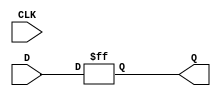
module dff2ff (CLK, D, Q);
	parameter WIDTH = 1;
	parameter CLK_POLARITY = 1;

	input CLK;
	input [WIDTH-1:0] D;
	output reg [WIDTH-1:0] Q;

	wire [1023:0] _TECHMAP_DO_ = "proc;;";

	always @($global_clock)
		Q <= D;
endmodule